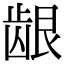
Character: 龈